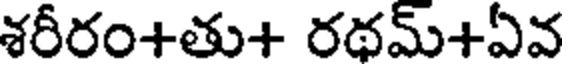
శరీరం+తు+ రథమ్+ఏవ